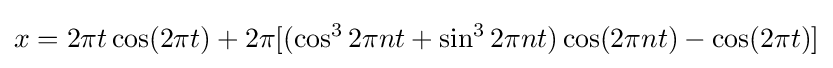
x=2\pi t\cos(2\pi t)+2\pi [(\cos ^{3}2\pi nt+\sin ^{3}2\pi nt)\cos(2\pi nt)-\cos(2\pi t)]